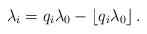
LaTeX: \begin{align*}\lambda_i=q_i\lambda_0-\lfloor q_i\lambda_0 \rfloor \, .\end{align*}